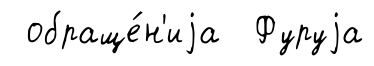
обраще́н'иjа Фуруjа